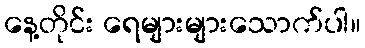
နေ့တိုင်း ရေများများသောက်ပါ။